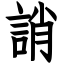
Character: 誚